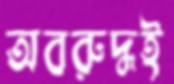
অবরুদ্ধই